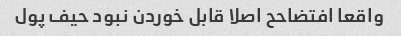
واقعا افتضاحح اصلا قابل خوردن نبود حیف پول